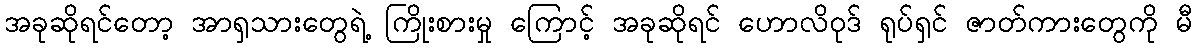
အခုဆိုရင်တော့ အာရှသားတွေရဲ့ ကြိုးစားမှု ကြောင့် အခုဆိုရင် ဟောလိဝုဒ် ရုပ်ရှင် ဇာတ်ကားတွေကို မီ